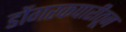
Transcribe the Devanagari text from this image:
डोंगरकपारीतून